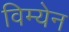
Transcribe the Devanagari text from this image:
विम्येन